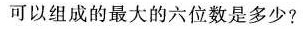
可以组成的最大的六位数是多少？